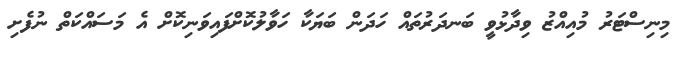
މިނިސްޓަރު މުއިއްޒު ވިދާޅުވީ ބަނދަރުތައް ހަދަން ބަޔަކާ ހަވާލުކޮށްފައިވަނިކޮށް އެ މަސައްކަތް ނުފެށި